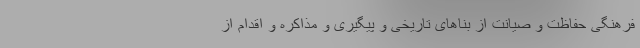
فرهنگی حفاظت و صیانت از بناهای تاریخی و پیگیری و مذاکره و اقدام از